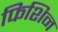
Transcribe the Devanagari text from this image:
फिशिन